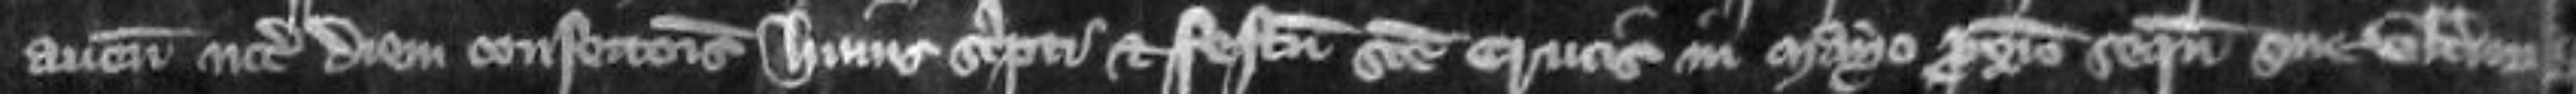
avene inter diem confectionis huius scripti et festum Sancte Crucis in Mayo proximo sequente sine ulteriori